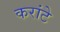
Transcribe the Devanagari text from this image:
करांटे